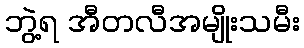
ဘွဲ့ရ အီတလီအမျိုးသမီး